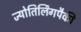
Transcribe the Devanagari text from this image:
ज्योतिर्लिंगपैकी